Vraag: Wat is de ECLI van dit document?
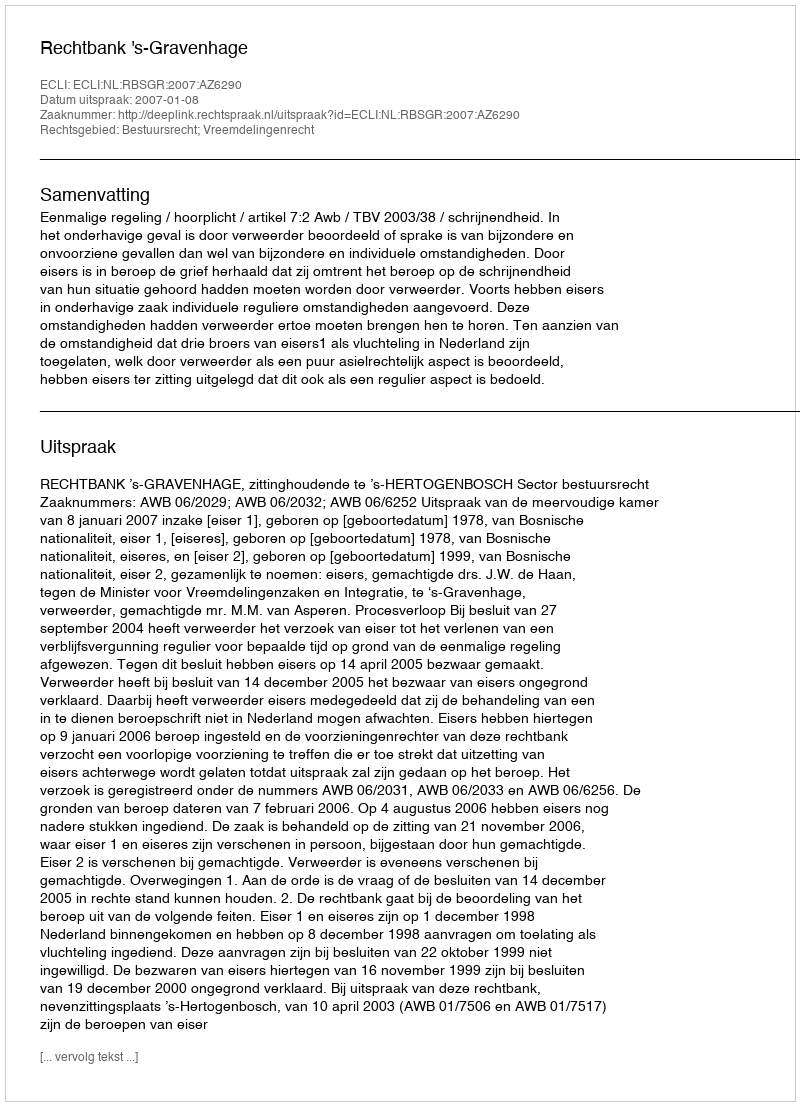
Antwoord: ECLI:NL:RBSGR:2007:AZ6290